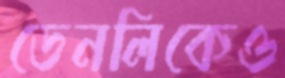
ডেনলিকেও